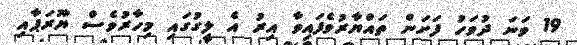
19 ވަނަ ދުވަހު ފަށަން ތައްޔާރުވެފައިވާ އިރު އެ ލީގުގައި މިހާރުވެސް ޔޫރަޕާއި